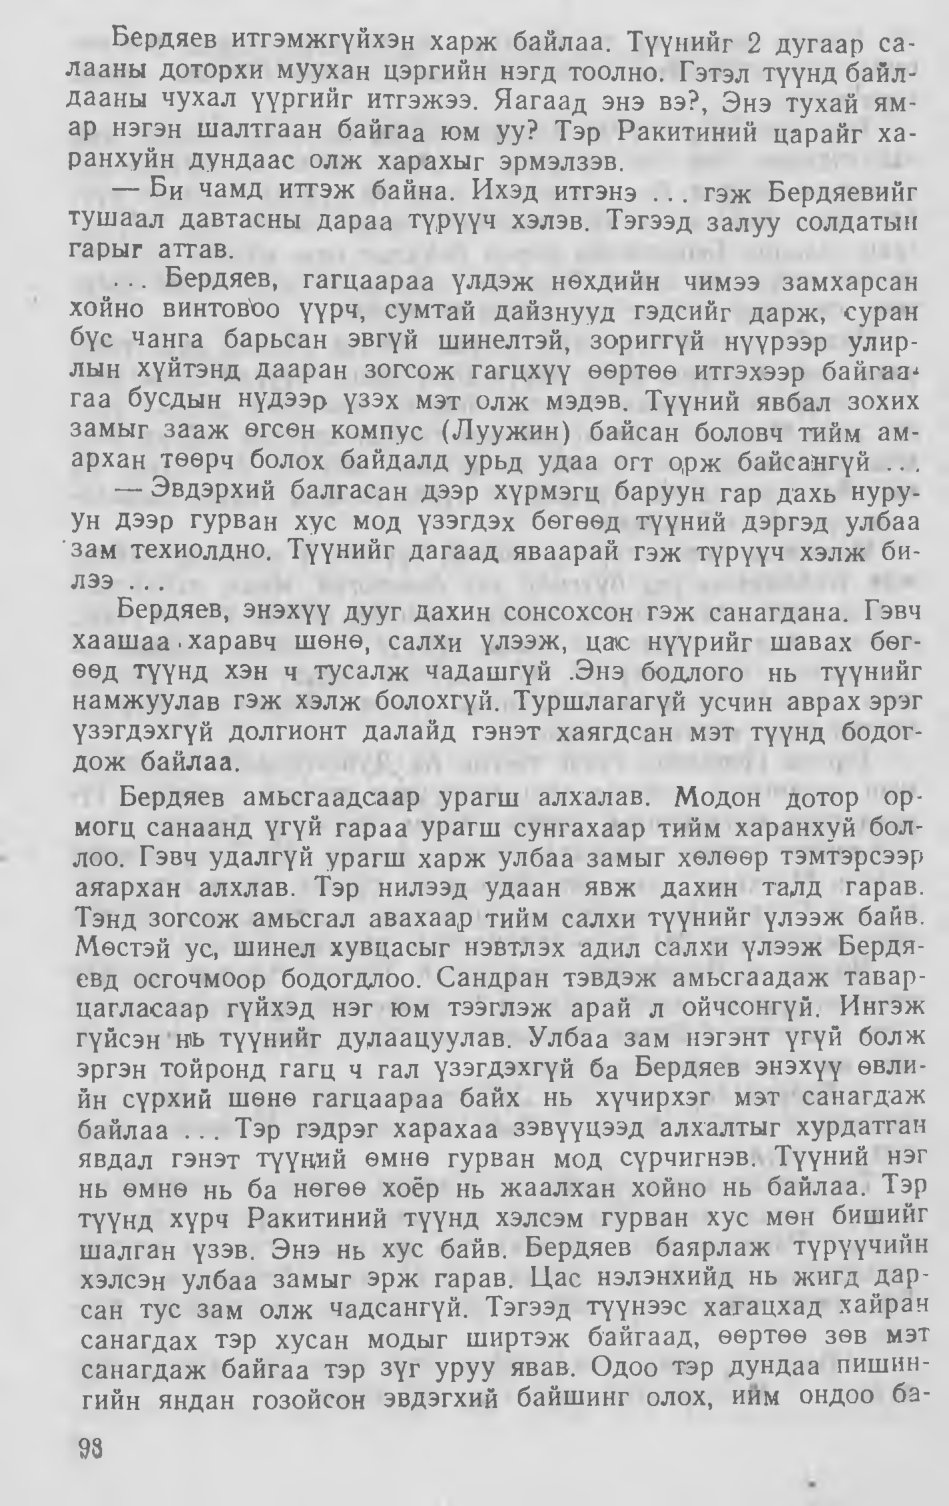
Language: mn